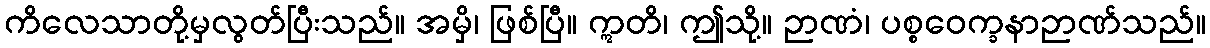
ကိလေသာတို့မှလွတ်ပြီးသည်။ အမှိ၊ ဖြစ်ပြီ။ ဣတိ၊ ဤသို့။ ဉာဏံ၊ ပစ္စဝေက္ခနာဉာဏ်သည်။